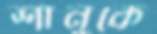
শানুকে